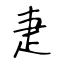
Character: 疌